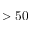
> 5 0